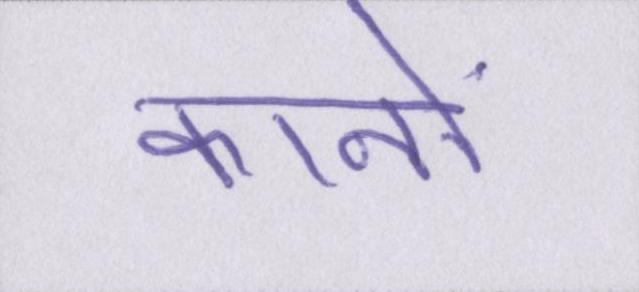
कानों